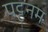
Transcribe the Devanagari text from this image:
पट्टनम